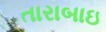
તારાબાઇ